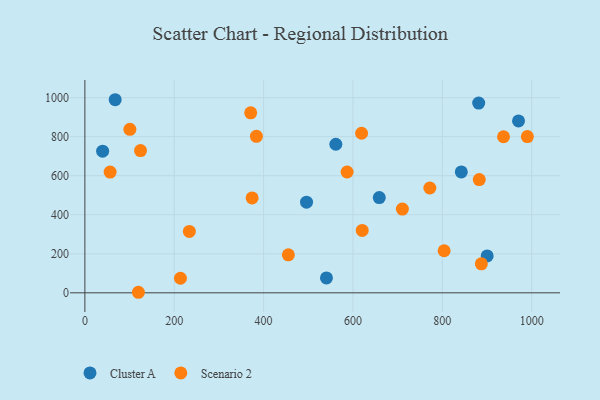
{"axis": {"x": "Distance", "y": "Rating"}, "legend": ["Cluster A", "Scenario 2"], "data": [{"x": "67.8", "y": 989.4, "type": "Cluster A"}, {"x": "900.4", "y": 188.8, "type": "Cluster A"}, {"x": "881.4", "y": 972.1, "type": "Cluster A"}, {"x": "540.7", "y": 76.2, "type": "Cluster A"}, {"x": "970.6", "y": 880.6, "type": "Cluster A"}, {"x": "561.7", "y": 761.3, "type": "Cluster A"}, {"x": "842.5", "y": 619.5, "type": "Cluster A"}, {"x": "658.9", "y": 487.9, "type": "Cluster A"}, {"x": "496.1", "y": 464.3, "type": "Cluster A"}, {"x": "39.7", "y": 725.9, "type": "Cluster A"}, {"x": "56.5", "y": 618.9, "type": "Scenario 2"}, {"x": "620.7", "y": 319.8, "type": "Scenario 2"}, {"x": "371.1", "y": 922.4, "type": "Scenario 2"}, {"x": "119.8", "y": 2.8, "type": "Scenario 2"}, {"x": "619.3", "y": 817.6, "type": "Scenario 2"}, {"x": "213.9", "y": 74.6, "type": "Scenario 2"}, {"x": "937.0", "y": 799.7, "type": "Scenario 2"}, {"x": "990.4", "y": 800.5, "type": "Scenario 2"}, {"x": "124.5", "y": 728.7, "type": "Scenario 2"}, {"x": "772.1", "y": 537.2, "type": "Scenario 2"}, {"x": "100.7", "y": 837.6, "type": "Scenario 2"}, {"x": "233.8", "y": 314.6, "type": "Scenario 2"}, {"x": "710.6", "y": 429.0, "type": "Scenario 2"}, {"x": "882.7", "y": 580.1, "type": "Scenario 2"}, {"x": "455.4", "y": 194.9, "type": "Scenario 2"}, {"x": "586.9", "y": 619.1, "type": "Scenario 2"}, {"x": "804.1", "y": 215.5, "type": "Scenario 2"}, {"x": "887.4", "y": 148.5, "type": "Scenario 2"}, {"x": "383.9", "y": 801.8, "type": "Scenario 2"}, {"x": "374.3", "y": 486.3, "type": "Scenario 2"}]}